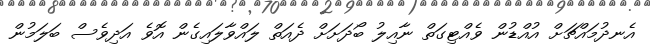
އެނދުމައްޗަށް އުއްޑުން ވެއްޓިގަތް ނާއިލު ބޯދަށަށް ދެއަތް ލައްވާލައިގެން އޮވެ އަދިވެސް ބަލަމުން